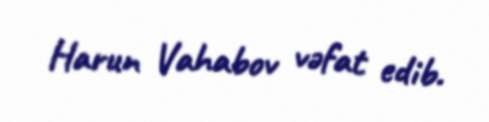
Harun Vahabov vəfat edib.